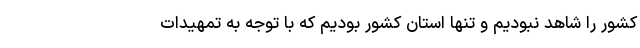
کشور را شاهد نبودیم و تنها استان کشور بودیم که با توجه به تمهیدات